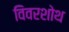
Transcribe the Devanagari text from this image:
विवरशोथ